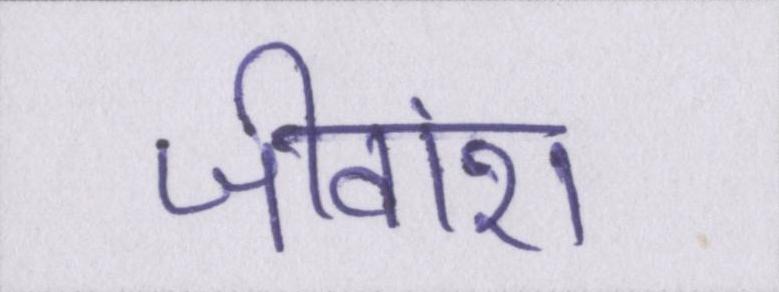
जीवांश